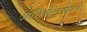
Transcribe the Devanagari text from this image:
प्रतिभेनुसार